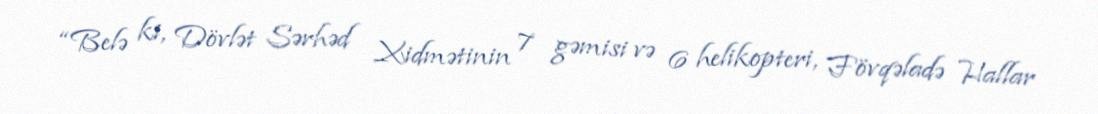
“Belə ki, Dövlət Sərhəd Xidmətinin 7 gəmisi və 6 helikopteri, Fövqəladə Hallar